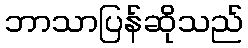
ဘာသာပြန်ဆိုသည်